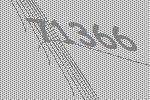
71366